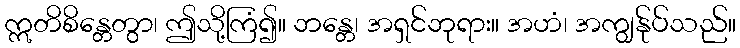
ဣတိစိန္တေတွာ၊ ဤသို့ကြံ၍။ ဘန္တေ၊ အရှင်ဘုရား။ အဟံ၊ အကျွန်ုပ်သည်။